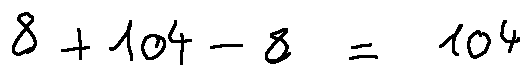
8 + 1 0 4 - 8 = 1 0 4